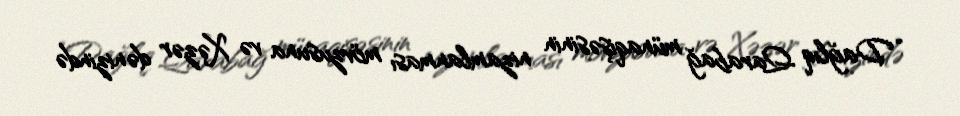
“Dağlıq Qarabağ münaqişəsinin nizamlanması mövzusuna və Xəzər dənizində